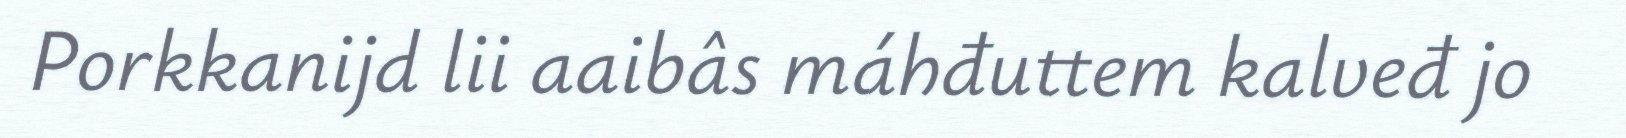
Porkkanijd lii aaibâs máhđuttem kalveđ jo